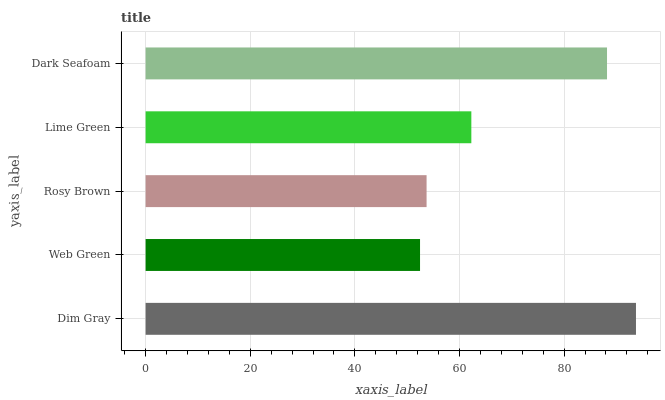
| yaxis_label | bars |
 | --- | --- |
 | Dim Gray | 93.7 |
 | Web Green | 52.5 |
 | Rosy Brown | 53.7 |
 | Lime Green | 62.3 |
 | Dark Seafoam | 88.2 |